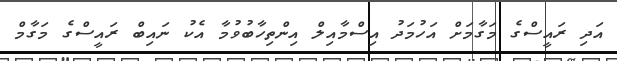
އަދި ރައީސްގެ މަގާމަށް އަހުމަދު އިސްމާއިލް އިންތިހާބުވުމާ އެކު ނައިބް ރައީސްގެ މަގާމް